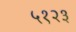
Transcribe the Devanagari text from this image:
५१२३